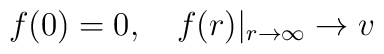
f(0) = 0, ~~~ f(r)|_{r \rightarrow \infty} \rightarrow v